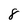
Character: 8